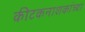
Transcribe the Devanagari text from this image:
कीटकनाशकांच्या